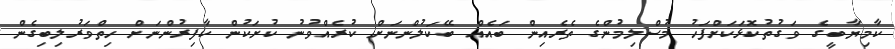
ކާމިޔާބީގެ ވަގުތުކޮޅަކަށްފަހު މުސްލިމުންގެ ތެރެއިން ބައެއް ބޭކަލުންނަށް ކުރެއްވުނު ކުށަކުން ކާފިރުންނަށް ހިތްވަރުލިބިގެން